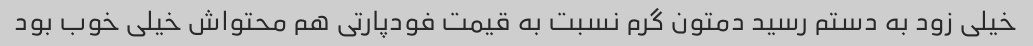
خیلی زود به دستم رسید دمتون گرم نسبت به قیمت فودپارتی هم محتواش خیلی خوب بود